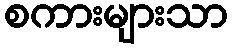
စကားများသာ